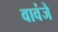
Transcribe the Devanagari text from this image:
वावंजे